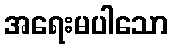
အရေးမပါသော